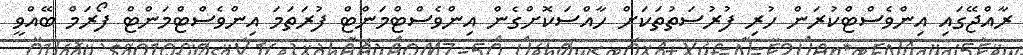
ރާއްޖޭގައި އިންވެސްޓްކުރަން ހުރި ފުރުސަތުތަކަށް ހާއްސަކޮށްގެން އިންވެސްޓްމަންޓް ފުރަތަމަ އިންވެސްޓްމަންޓް ފޯރަމް ބޭއްވީ